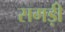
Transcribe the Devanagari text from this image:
सगड़ी